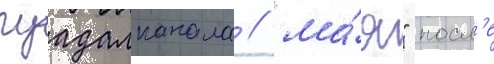
гуадалканала // "ма́я" посл'е